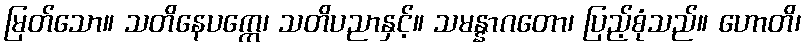
မြတ်သော။ သတိနေပက္ကေ၊ သတိပညာနှင့်။ သမန္နာဂတော၊ ပြည့်စုံသည်။ ဟောတိ၊